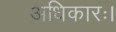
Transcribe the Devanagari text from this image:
अधिकारः।